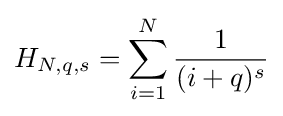
H_{N,q,s}=\sum _{i=1}^{N}{\frac {1}{(i+q)^{s}}}